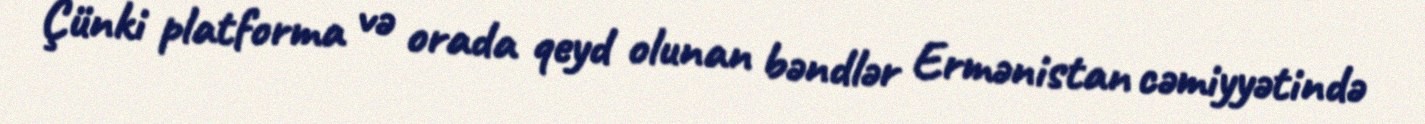
Çünki platforma və orada qeyd olunan bəndlər Ermənistan cəmiyyətində